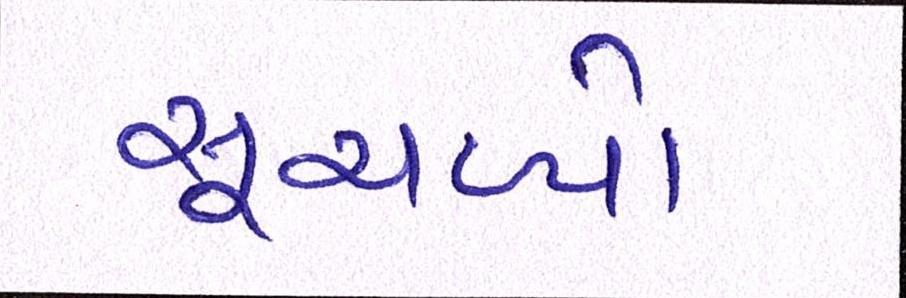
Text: સૂચવ્યો